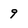
Character: 9